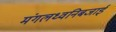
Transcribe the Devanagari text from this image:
मंगलध्वनिबजाई